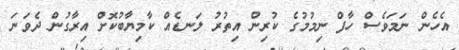
އެހެން ނަމަވެސް ހާފް ނިމުމުގެ ކުރިން އިތުރު ލަނޑެއް ކާމިޔާބުކޮށް އިރާގުން ދެވަނަ